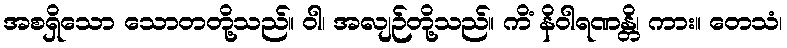
အစရှိသော သောတတို့သည်။ ဝါ၊ အလျဉ်တို့သည်။ ကိံ နိဝါရဏန္တိ၊ ကား။ တေသံ၊